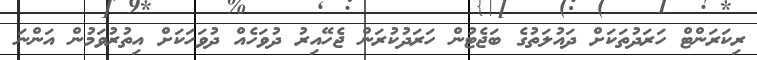
ރިކަރަންޓް ހަރަދުތަކަށް ދައުލަތުގެ ބަޖެޓުން ހަރަދުކުރަން ޖެހޭއިރު ދުވަހެއް ދުވަހަކަށް އިތުރުވަމުން އަންނަ